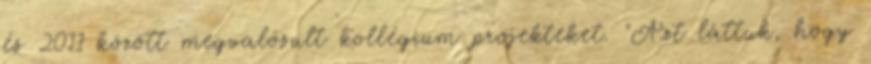
és 2011 között megvalósult kollégium projekteket. "Azt láttuk, hogy